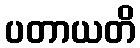
ပတာယတိ